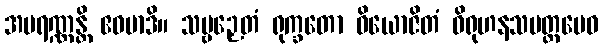
အပရဏ္ဏန္တိ ဧဝမာဒိ။ သဗ္ဗဉှေတံ ရုက္ခတော ဝိယောဇိတံ ဝိရုဟနသမတ္ထမေဝ